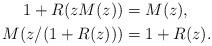
LaTeX: \begin{align*} 1 + R(zM(z)) &= M(z), \\ M(z/(1+R(z))) &= 1 + R(z). \end{align*}